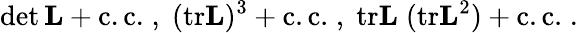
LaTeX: \operatorname*{det}{\mathbf L}+\mathrm{c.c.}\; ,\; (\mathrm{tr}{\mathbf L})^{3}+\mathrm{c.c.}\; ,\; \mathrm{tr}{\mathbf L}\; (\mathrm{tr}{\mathbf L}^{2})+\mathrm{c.c.}\; .